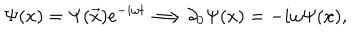
LaTeX: \Psi ( x ) = \Psi ( \overrightarrow { x } ) e ^ { - i \omega t } \Longrightarrow \partial _ { 0 } \Psi ( x ) = - i \omega \Psi ( x ) ,